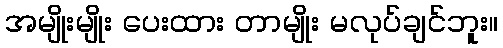
အမျိုးမျိုး ပေးထား တာမျိုး မလုပ်ချင်ဘူး။